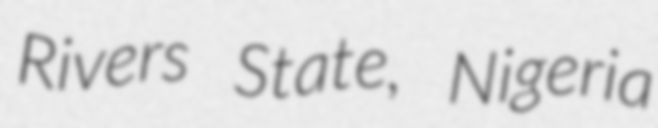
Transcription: Rivers State, Nigeria